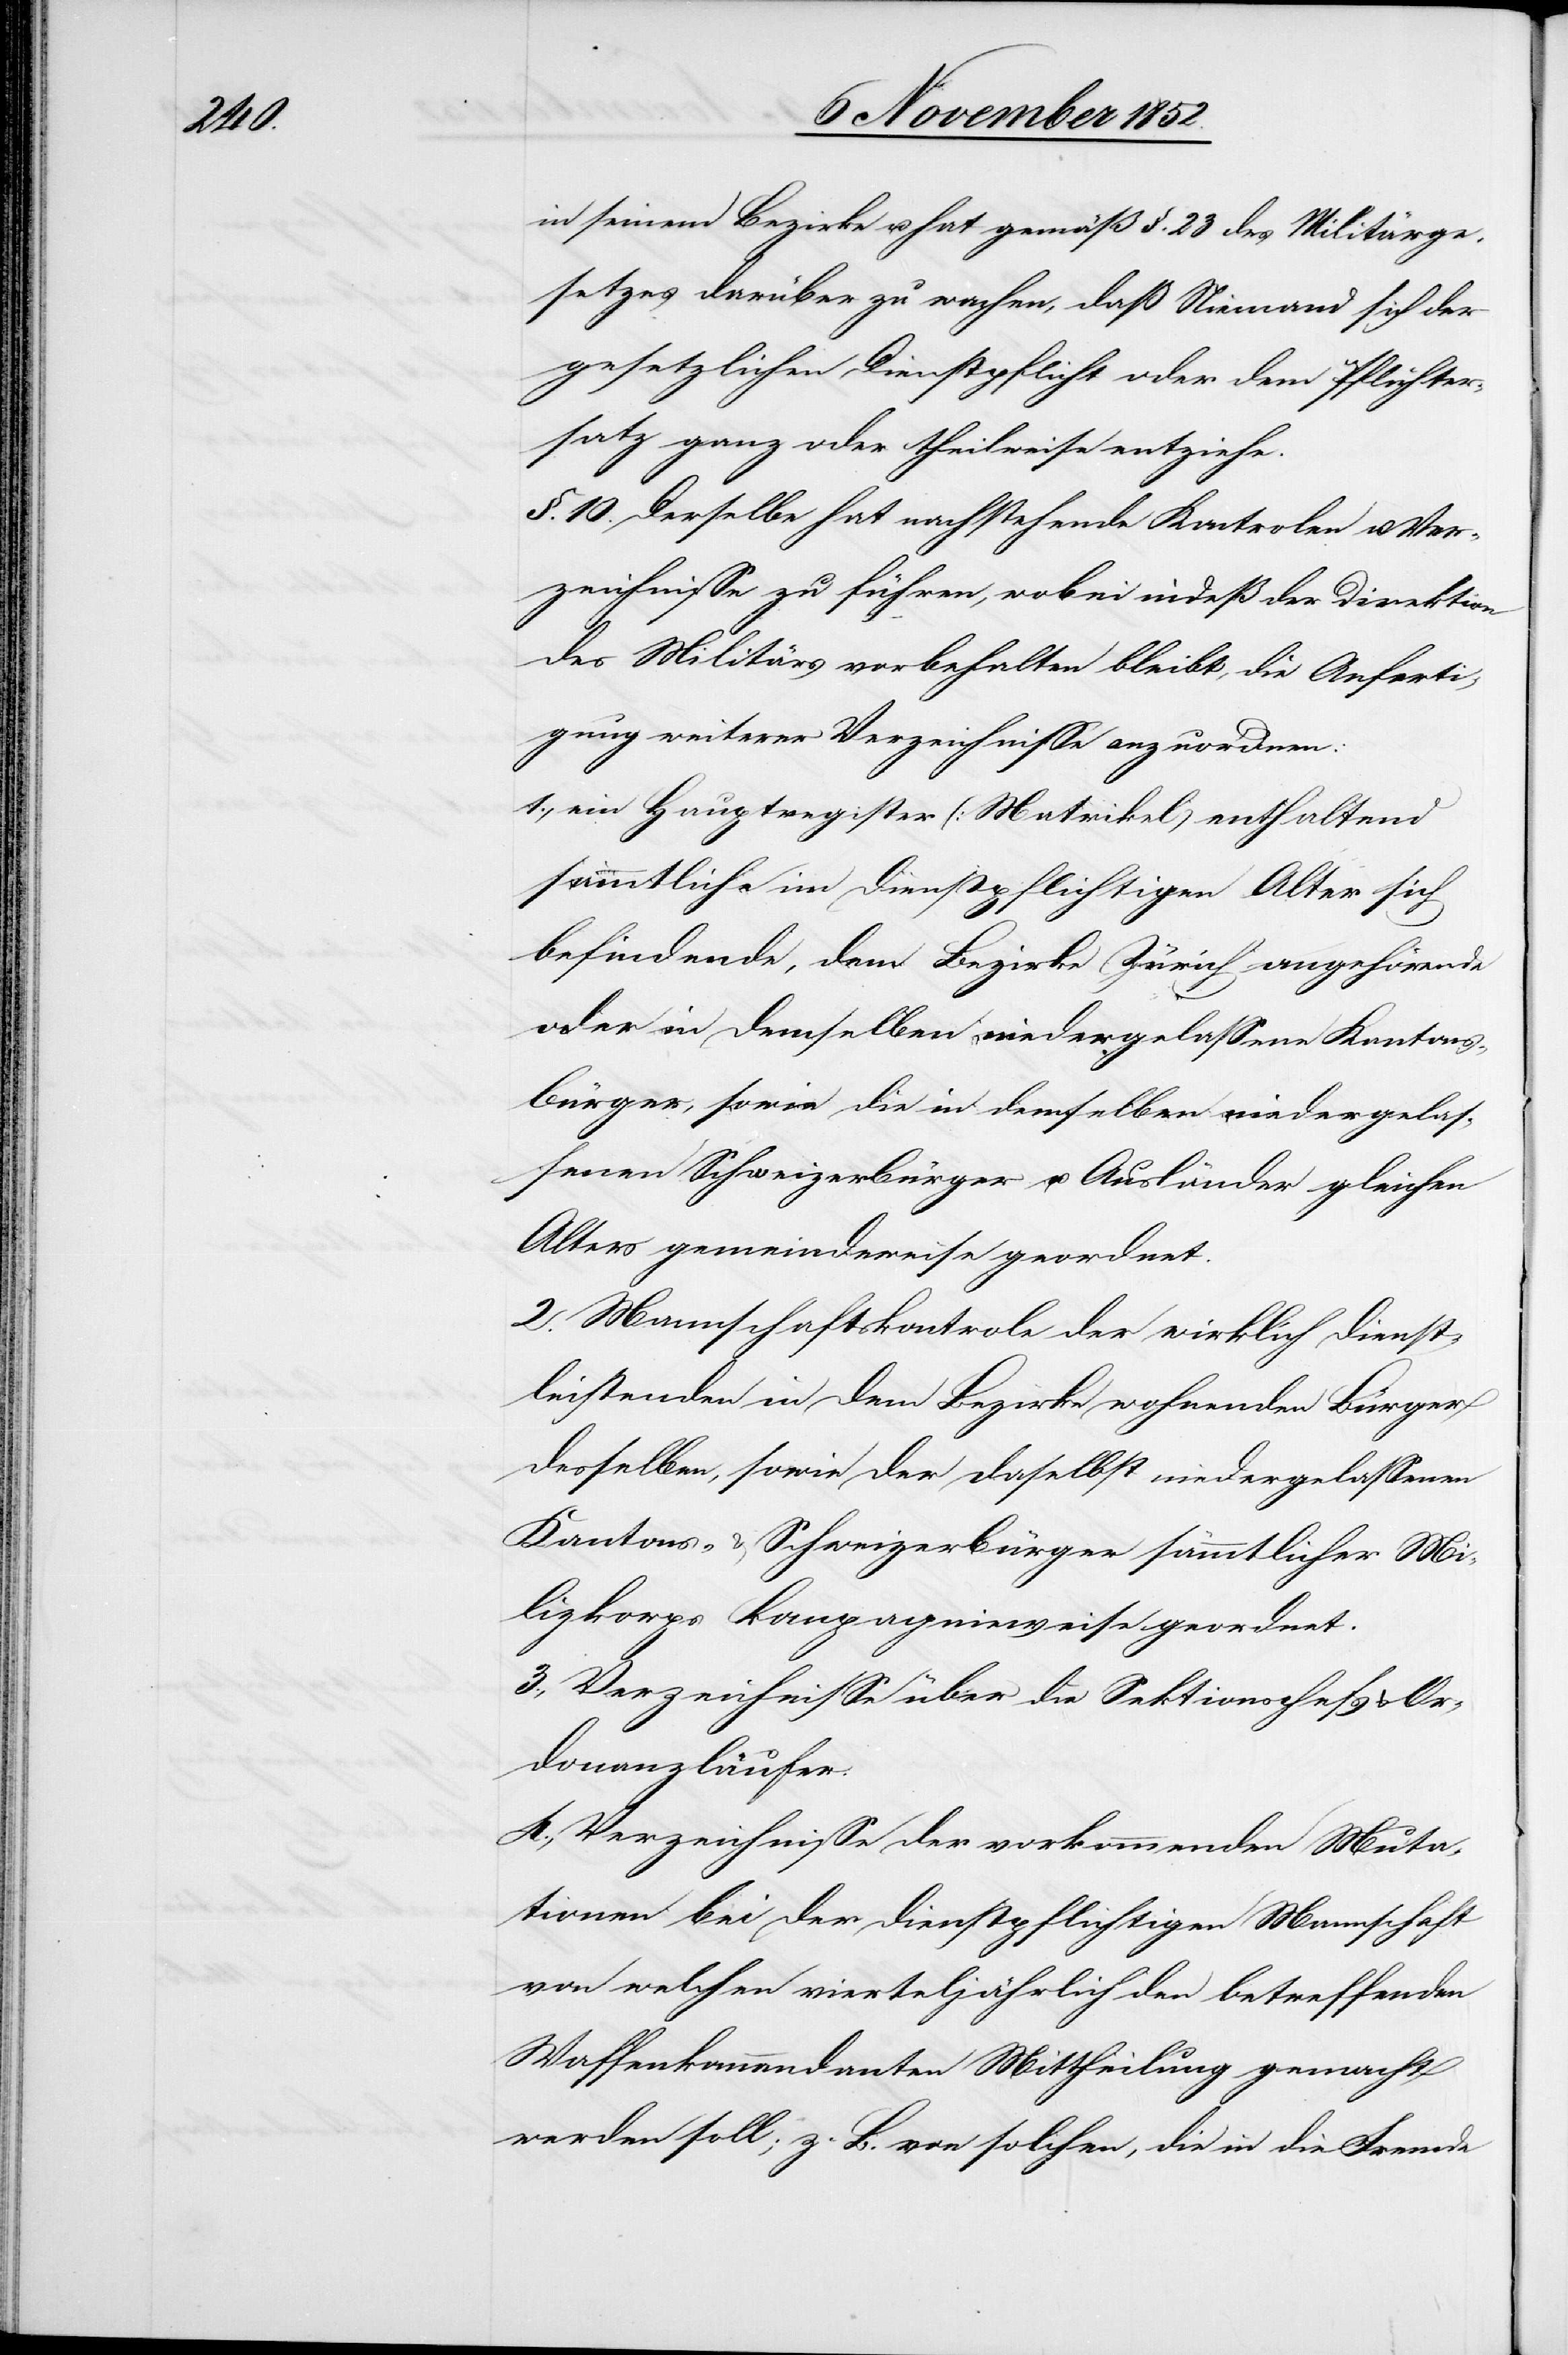
in seinem Bezirke u. hat gemäß §. 23 des Militärge¬
setzes darüber zu wachen, daß Niemand sich der
gesetzlichen Dienstpflicht oder dem Pflichter¬
satz ganz oder theilweise entziehe.
§. 10. Derselbe hat nachstehende Kontrolen u. Ver¬
zeichnisse zu führen, wobei indeß der Direktion
des Militärs vorbehalten bleibt, die Anferti¬
gung weiterer Verzeichnisse anzuordnen:
1., ein Hauptregister (Matrikel) enthaltend
sämmtliche im dienstpflichtigen Alter sich
befindende, dem Bezirke Zürich angehörende
oder in demselben niedergelassene Kantons¬
bürger, sowie die in demselben niedergelas¬
senen Schweizerbürger u. Ausländer gleichen
Alters gemeindeweise geordnet.
2. Mannschaftskontrole der wirklich dienst¬
leistenden in dem Bezirke wohnenden Bürger
desselben, sowie der daselbst niedergelassenen
Kantons- & Schweizerbürger sämmtlicher Mi¬
lizkorps kompagnieweise geordnet.
3., Verzeichnisse über die Sektionschefs & Or¬
donanzläufer.
4., Verzeichnisse der vorkommenden Muta¬
tionen bei der dienstpflichtigen Mannschaft
von welchen vierteljährlich den betreffenden
Waffenkommandanten Mittheilung gemacht
werden soll; z. B. von solchen, die in die Fremde